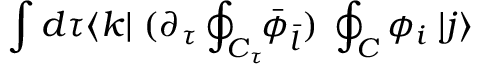
\int d \tau \langle k | \; ( \partial _ { \tau } \oint _ { C _ { \tau } } \! \! { \bar { \phi } } _ { \bar { l } } ) \; \oint _ { C } \phi _ { i } \; | j \rangle